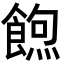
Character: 𮩃